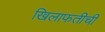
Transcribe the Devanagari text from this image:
खिलाफतीची